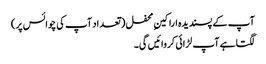
آپ کے پسندیدہ اراکینِ محفل ( تعداد آپ کی چوائس پر)
لگتا ہے آپ لڑائی کروائیں گی۔